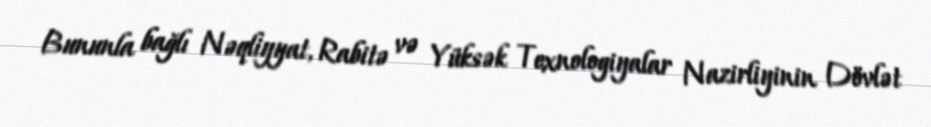
Bununla bağlı Nəqliyyat, Rabitə və Yüksək Texnologiyalar Nazirliyinin Dövlət